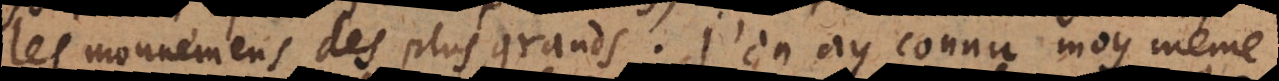
les mouvemens des plus grands. J’en ay connu moy même